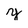
Character: y